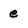
Character: e